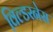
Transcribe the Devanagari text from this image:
विल्डरनेस